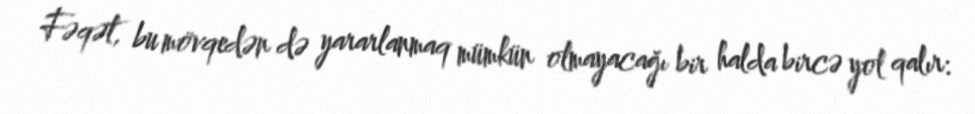
Fəqət, bu mövqedən də yararlanmaq mümkün olmayacağı bir halda bircə yol qalır: